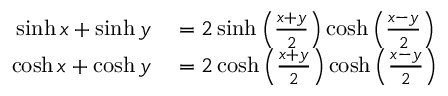
\begin{array} { r l } { \sinh x + \sinh y } & { { } = 2 \sinh \left( { \frac { x + y } { 2 } } \right) \cosh \left( { \frac { x - y } { 2 } } \right) } \\ { \cosh x + \cosh y } & { { } = 2 \cosh \left( { \frac { x + y } { 2 } } \right) \cosh \left( { \frac { x - y } { 2 } } \right) } \end{array}